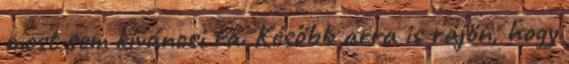
most sem kíváncsi rá. Később arra is rájön, hogy